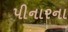
પીનારના